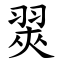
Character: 翜